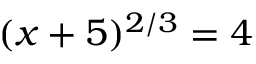
( x + 5 ) ^ { 2 / 3 } = 4